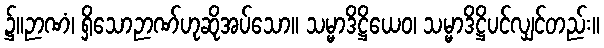
၌။ဉာဏံ၊ ရှိသောဉာဏ်ဟုဆိုအပ်သော။ သမ္မာဒိဋ္ဌိယေဝ၊ သမ္မာဒိဋ္ဌိပင်လျှင်တည်း။